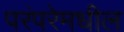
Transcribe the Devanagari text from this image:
परंपरेमधील